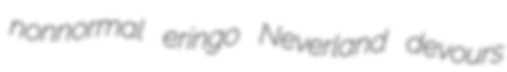
nonnormal eringo Neverland devours